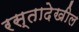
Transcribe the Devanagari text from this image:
रस्तादेखील